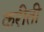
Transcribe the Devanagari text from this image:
करीती